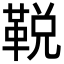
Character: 𩊭